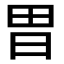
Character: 𭥫